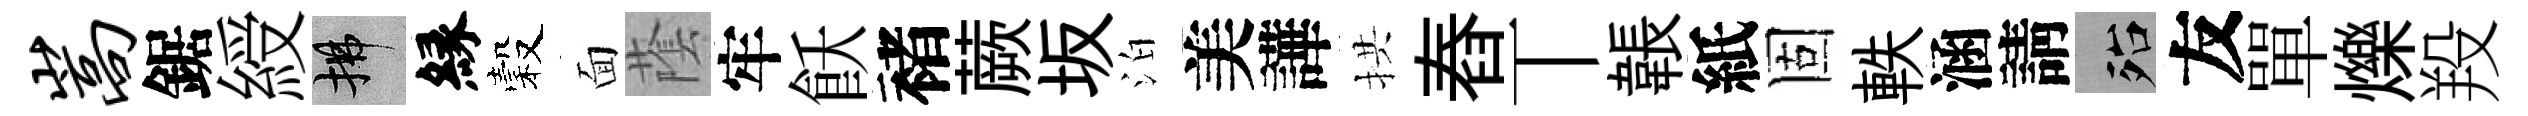
嵩鋸綬拂縁穀面䕃牢飫褚蕨坂泊美譁拱舂丅韔紙固軼涵請殆友單爍羖